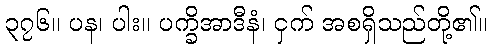
၃၇၆။ ပန၊ ပါး။ ပက္ခိအာဒီနံ၊ ငှက် အစရှိသည်တို့၏။